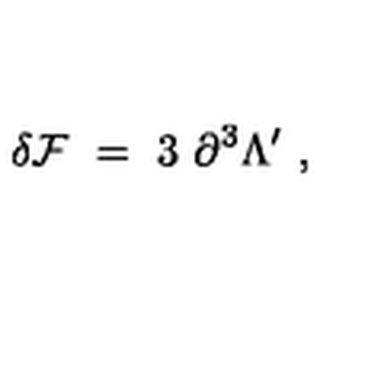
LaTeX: \delta { \cal F } \ = \ 3 \ \partial ^ { 3 } \Lambda ^ { \prime } \ ,